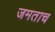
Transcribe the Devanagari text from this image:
जमताच